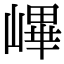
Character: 𡻞